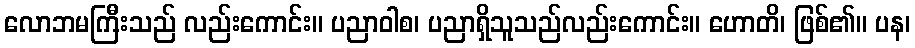
လောဘမကြီးသည် လည်းကောင်း။ ပညာဝါစ၊ ပညာရှိသူသည်လည်းကောင်း။ ဟောတိ၊ ဖြစ်၏။ ပန၊